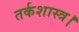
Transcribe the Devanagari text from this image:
तर्कशास्त्र।